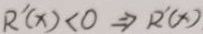
R ^ { \prime } ( x ) < 0 \Rightarrow R ^ { \prime } ( x )